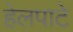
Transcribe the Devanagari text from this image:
हेलपाटे